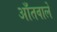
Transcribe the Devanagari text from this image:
आँतवाले